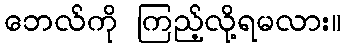
ဘေလ်ကို ကြည့်လို့ရမလား။